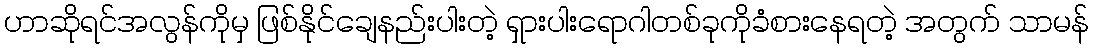
ဟာဆိုရင်အလွန်ကိုမှ ဖြစ်နိုင်ချေနည်းပါးတဲ့ ရှားပါးရောဂါတစ်ခုကိုခံစားနေရတဲ့ အတွက် သာမန်